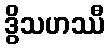
ဒွိသဟဿီ